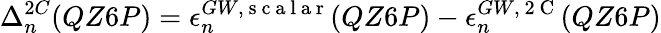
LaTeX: \Delta_{n}^{2C}(QZ6P)=\epsilon_{n}^{GW,\mathrm{~s~c~a~l~a~r~}}(QZ6P)-\epsilon_{n}^{GW,\mathrm{~2~C~}}(QZ6P)